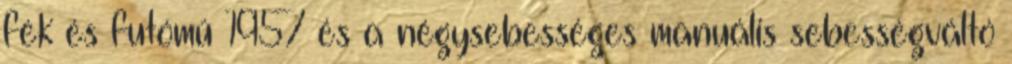
fék és futómű 1957 és a négysebességes manuális sebességváltó